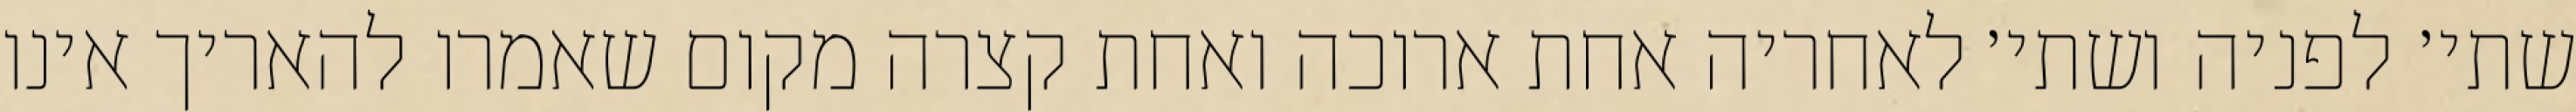
שתי׳ לפניה ושתי׳ לאחריה אחת ארוכה ואחת קצרה מקום שאמרו להאריך אינו